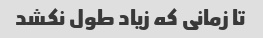
تا زمانی که زیاد طول نکشد